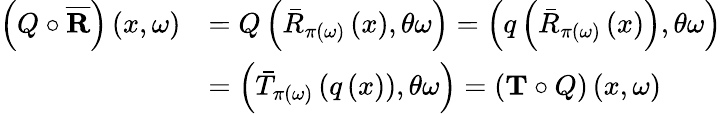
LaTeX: \begin{array}{rl}{\left(Q\circ\overline{{\mathbf{R}}}\right)\left(x,\omega\right)}&{=Q\left(\bar{R}_{\pi\left(\omega\right)}\left(x\right),\theta\omega\right)=\left(q\left(\bar{R}_{\pi\left(\omega\right)}\left(x\right)\right),\theta\omega\right)}\\ &{=\left(\bar{T}_{\pi\left(\omega\right)}\left(q\left(x\right)\right),\theta\omega\right)=\left(\mathbf{T}\circ Q\right)\left(x,\omega\right)}\end{array}